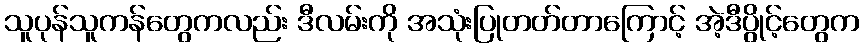
သူပုန်သူကန်တွေကလည်း ဒီလမ်းကို အသုံးပြုတတ်တာကြောင့် အဲ့ဒီပွိုင့်တွေက